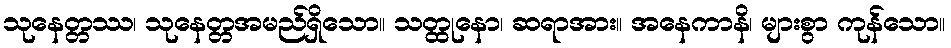
သုနေတ္တဿ၊ သုနေတ္တအမည်ရှိသော။ သတ္ထုနော၊ ဆရာအား။ အနေကာနိ၊ များစွာ ကုန်သော။